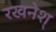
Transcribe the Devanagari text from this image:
रखनेश्